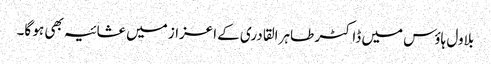
بلاول ہاؤس میں ڈاکٹر طاہر القادری کے اعزاز میں عشائیہ بھی ہو گا۔